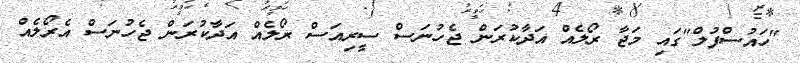
"ހައުސްފުލް"ގައި މަޖާ ރޯލެއް އަދާކުރަން ޖެހުނަސް ސީރިއަސް ރޯލެއް އަދާކުރަން ޖެހުނަސް އެރޯލެއް